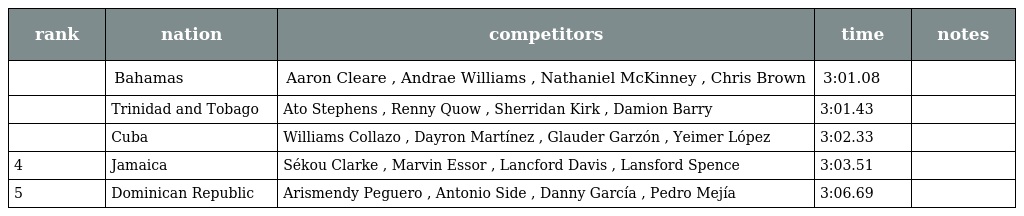
| rank | nation | competitors | time | notes |
 | --- | --- | --- | --- | --- |
 |  | Bahamas | Aaron Cleare , Andrae Williams , Nathaniel McKinney , Chris Brown | 3:01.08 |  |
 |  | Trinidad and Tobago | Ato Stephens , Renny Quow , Sherridan Kirk , Damion Barry | 3:01.43 |  |
 |  | Cuba | Williams Collazo , Dayron Martínez , Glauder Garzón , Yeimer López | 3:02.33 |  |
 | 4 | Jamaica | Sékou Clarke , Marvin Essor , Lancford Davis , Lansford Spence | 3:03.51 |  |
 | 5 | Dominican Republic | Arismendy Peguero , Antonio Side , Danny García , Pedro Mejía | 3:06.69 |  |